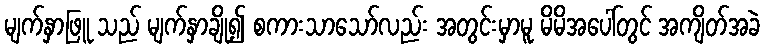
မျက်နှာဖြူ သည် မျက်နှာချို၍ စကားသာသော်လည်း အတွင်းမှာမူ မိမိအပေါ်တွင် အကျိတ်အခဲ